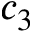
c _ { 3 }